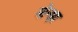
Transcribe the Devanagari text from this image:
मोन्झा